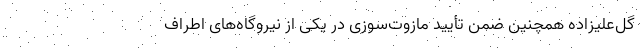
گل‌علیزاده همچنین ضمن تأیید مازوت‌سوزی در یکی از نیروگاه‌های اطراف